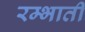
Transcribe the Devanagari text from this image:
रम्भाती